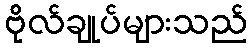
ဗိုလ်ချုပ်များသည်